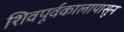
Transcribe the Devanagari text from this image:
शिवपूर्वकालापासून